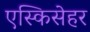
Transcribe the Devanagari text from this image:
एस्किसेहर